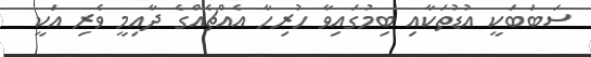
ސަބަބަކީ އުޑުތަކާއި ބިމުގައިވާ ހުރިހާ އެއްޗެއްގެ ދާއިމީ ވެރި އަކީ